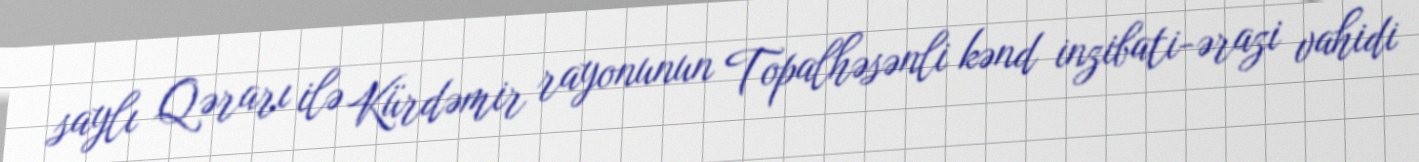
saylı Qərarı ilə Kürdəmir rayonunun Topalhəsənli kənd inzibati-ərazi vahidi